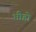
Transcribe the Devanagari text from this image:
भीहो